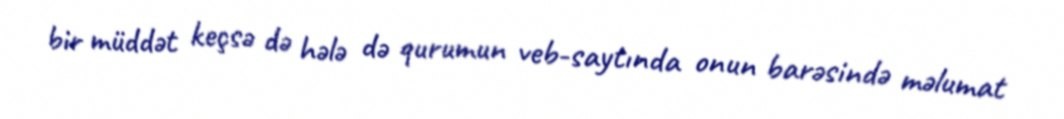
bir müddət keçsə də hələ də qurumun veb-saytında onun barəsində məlumat